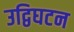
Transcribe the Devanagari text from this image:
उद्विघटन